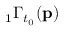
{ } _ { 1 } \Gamma _ { t _ { 0 } } ( \mathbf { p } )